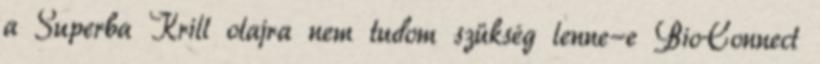
a Superba Krill olajra nem tudom szükség lenne-e BioConnect